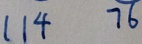
1 1 4 7 6